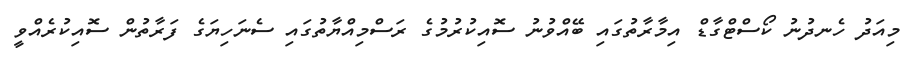
މިއަދު ހެނދުނު ކޯސްޓްގާޑް އިމާރާތުގައި ބޭއްވުނު ސޮއިކުރުމުގެ ރަސްމިއްޔާތުގައި ސެނަހިޔަގެ ފަރާތުން ސޮއިކުރެއްވީ